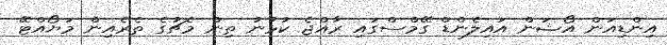
އިންޑިއަން އޯޝަން އައިލެންޑް ގޭމްސްގައި ރާއްޖެ ކުޅުނު ތިން މެޗުގެ ތެރެއިން މަޔޯއްޓޭ